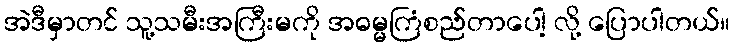
အဲဒီမှာတင် သူ့သမီးအကြီးမကို အဓမ္မကြံစည်တာပေါ့ လို့ ပြောပါတယ်။